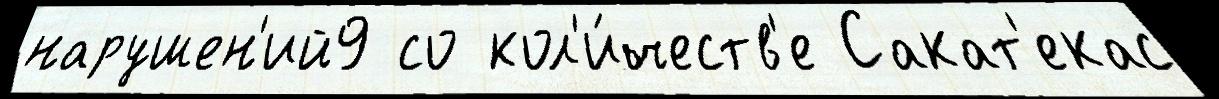
нарушен'ий9 со кол'и́честв'е Сакат'екас